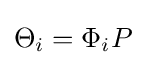
\Theta _{i}=\Phi _{i}P